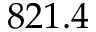
8 2 1 . 4